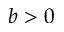
b > 0